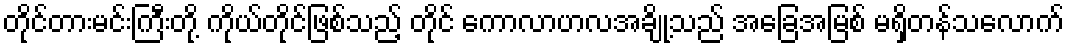
တိုင်တားမင်းကြီးတို့ ကိုယ်တိုင်ဖြစ်သည့် တိုင် ကောလာဟလအချို့သည် အခြေအမြစ် မရှိတန်သလောက်